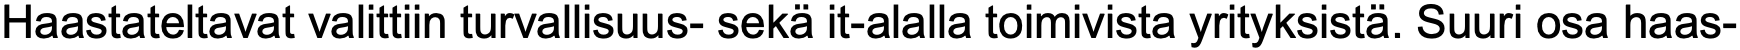
Haastateltavat valittiin turvallisuus- sekä it-alalla toimivista yrityksistä. Suuri osa haas-